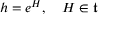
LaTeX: h = e ^ { H } , \quad H \in { \mathfrak { t } }